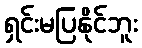
ရှင်းမပြနိုင်ဘူး